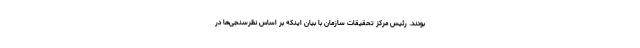
بودند. رئیس مرکز تحقیقات سازمان با بیان اینکه بر اساس نظرسنجی‌ها در